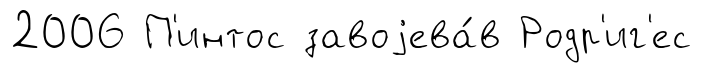
2006 П'интос завоjева́в Родр'иг'ес